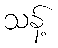
သန့်